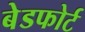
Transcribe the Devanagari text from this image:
बेडफोर्ट